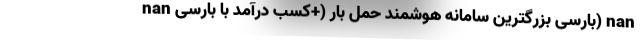
nan بارسی بزرگترین سامانه هوشمند حمل بار (+کسب درآمد با بارسی) nan